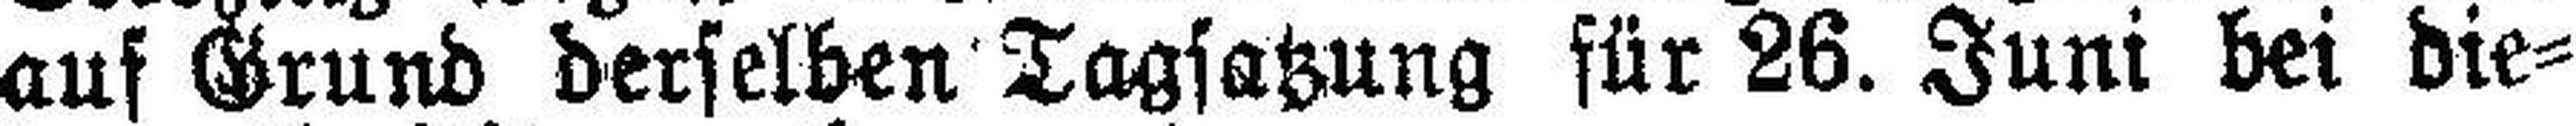
auf Grund derselben Tagsatzung für 26. Juni bei die¬